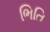
ભિતિ